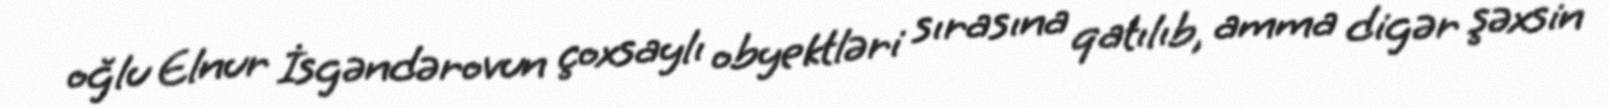
oğlu Elnur İsgəndərovun çoxsaylı obyektləri sırasına qatılıb, amma digər şəxsin